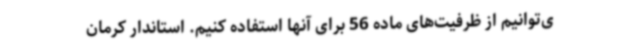
ی‌توانیم از ظرفیت‌های ماده 56 برای آنها استفاده کنیم. استاندار کرمان